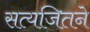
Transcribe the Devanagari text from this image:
सत्यजितने